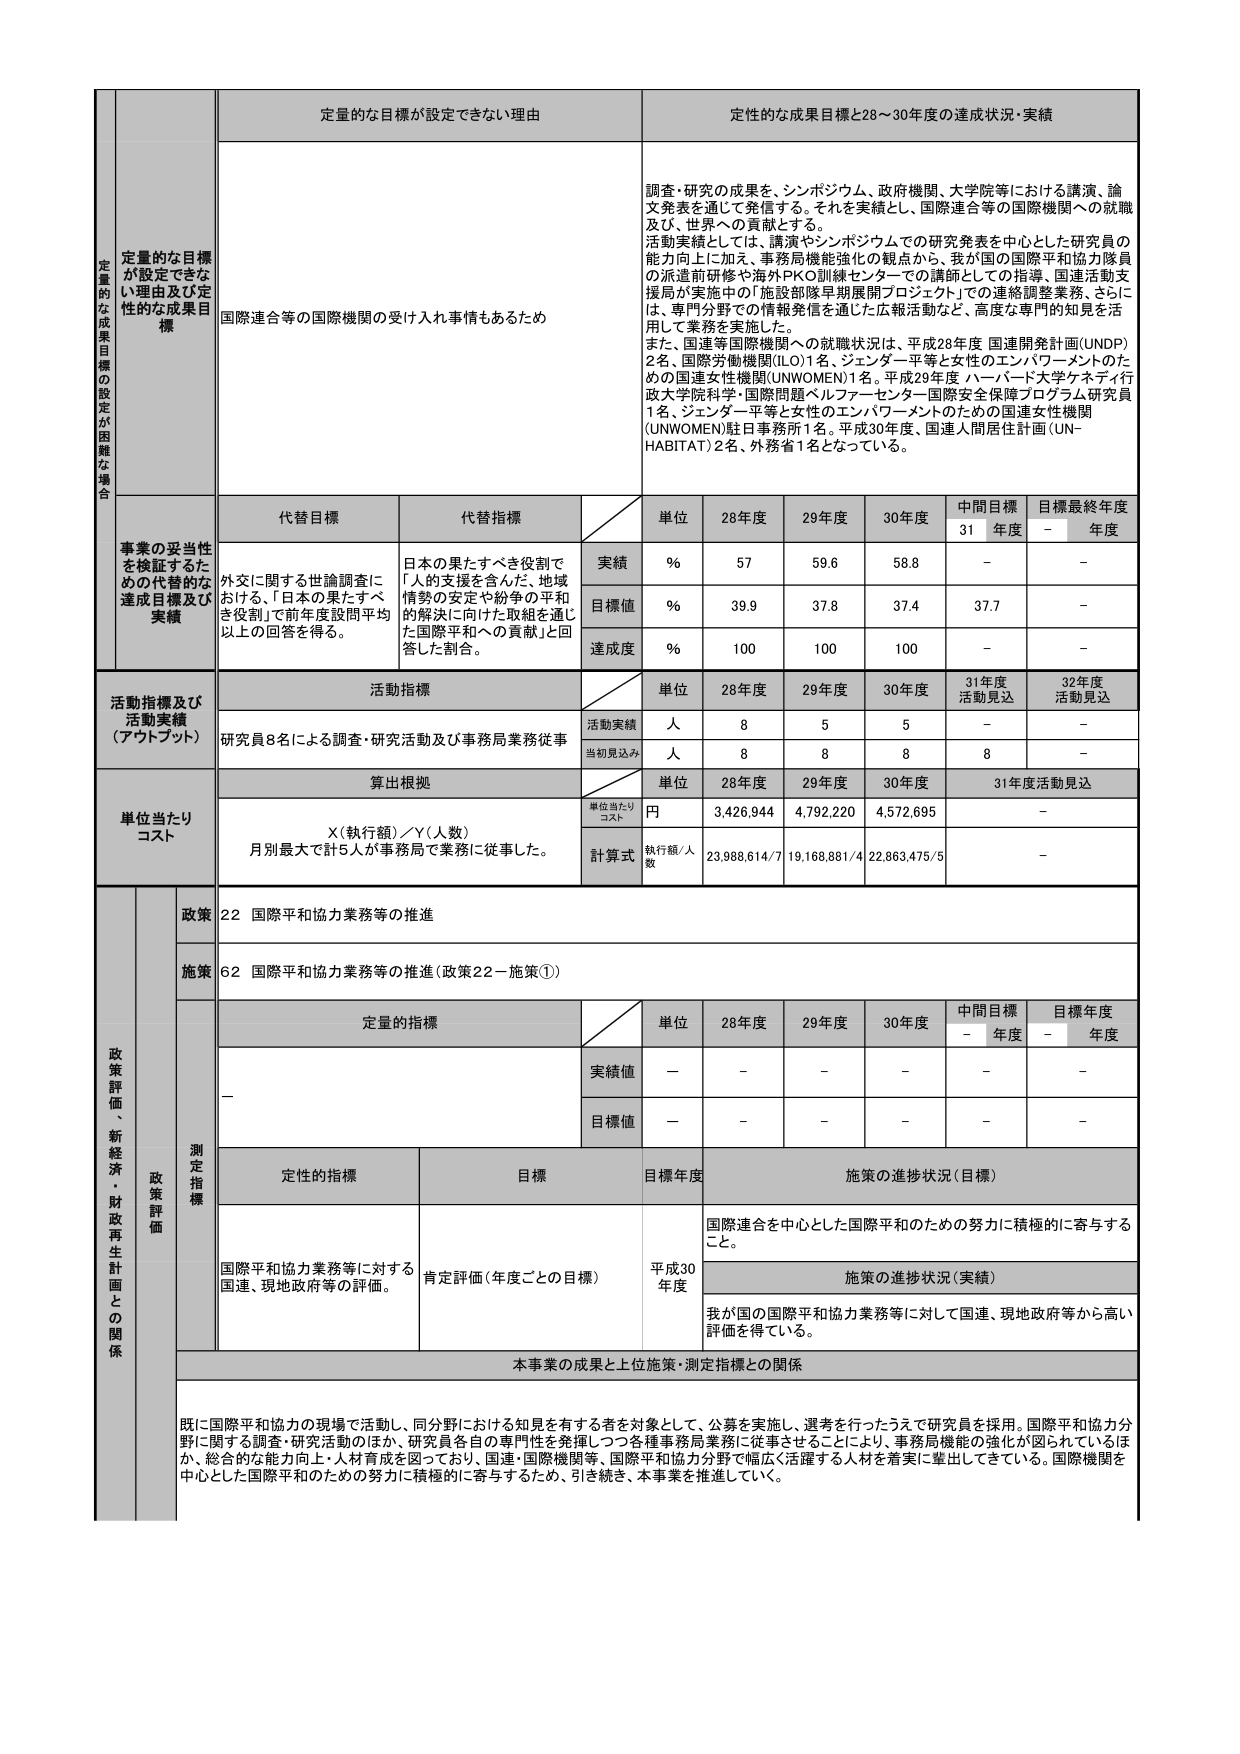
定量的な目標が設定できない理由
定性的な成果目標と28～30年度の達成状況・実績
定量的な成果目標の設定が困難な場合
定量的な目標が設定できない理由及び定性的な成果目標
国際連合等の国際機関の受け入れ事情もあるため
調査・研究の成果を、シンポジウム、政府機関、大学院等における講演、論文発表を通じて発信する。それを実績とし、国際連合等の国際機関への就職及び、世界への貢献とする。
活動実績としては、講演やシンポジウムでの研究発表を中心とした研究員の能力向上に加え、事務局機能強化の観点から、我が国の国際平和協力隊員の派遣前研修や海外PKO訓練センターでの講師としての指導、国連活動支援局が実施中の「施設部隊早期展開プロジェクト」での連絡調整業務、さらには、専門分野での情報発信を通じた広報活動など、高度な専門的知見を活用して業務を実施した。
また、国連等国際機関への就職状況は、平成28年度 国連開発計画(UNDP)2名、国際労働機関(ILO)1名、ジェンダー平等と女性のエンパワーメントのための国連女性機関(UNWOMEN)1名。平成29年度 ハーバード大学ケネディ行政大学院科学・国際問題ベルファーセンター国際安全保障プログラム研究員1名、ジェンダー平等と女性のエンパワーメントのための国連女性機関(UNWOMEN)駐日事務所1名。平成30年度、国連人間居住計画(UN-HABITAT)2名、外務省1名となっている。
事業の妥当性を検証するための代替的な達成目標及び実績
代替目標
代替指標
単位
28年度
29年度
30年度
中間目標31年度
目標最終年度－年度
外交に関する世論調査における、「日本の果たすべき役割」で前年度設問平均以上の回答を得る。
日本の果たすべき役割で「人的支援を含んだ、地域情勢の安定や紛争の平和的解決に向けた取組を通じた国際平和への貢献」と回答した割合。
実績
％
57
59.6
58.8
－
－
目標値
％
39.9
37.8
37.4
37.7
－
達成度
％
100
100
100
－
－
活動指標及び活動実績（アウトプット）
活動指標
単位
28年度
29年度
30年度
31年度活動見込
32年度活動見込
研究員8名による調査・研究活動及び事務局業務従事
活動実績
人
8
5
5
－
－
当初見込み
人
8
8
8
8
－
単位当たりコスト
算出根拠
単位
28年度
29年度
30年度
31年度活動見込
X(執行額)／Y(人数)
月別最大で計5人が事務局で業務に従事した。
単位当たりコスト
円
3,426,944
4,792,220
4,572,605
－
計算式
執行額／人数
23,988,614/7
19,168,881/4
22,863,475/5
－
政策評価、新経済・財政再生計画との関係
政策
22 国際平和協力業務等の推進
施策
62 国際平和協力業務等の推進（政策22－施策①）
測定指標
定量的指標
単位
28年度
29年度
30年度
中間目標－年度
目標年度－年度
－
実績値
－
－
－
－
－
－
目標値
－
－
－
－
－
－
定性的指標
目標
目標年度
施策の進捗状況（目標）
国際平和協力業務等に対する国連、現地政府等の評価。
肯定評価（年度ごとの目標）
平成30年度
国際連合を中心とした国際平和のための努力に積極的に寄与すること。
施策の進捗状況（実績）
我が国の国際平和協力業務等に対して国連、現地政府等から高い評価を得ている。
本事業の成果と上位施策・測定指標との関係
既に国際平和協力の現場で活動し、同分野における知見を有する者を対象として、公募を実施し、選考を行ったうえで研究員を採用。国際平和協力分野に関する調査・研究活動のほか、研究員各自の専門性を発揮しつつ各種事務局業務に従事させることにより、事務局機能の強化が図られているほか、総合的な能力向上・人材育成を図っており、国連・国際機関等、国際平和協力分野で幅広く活躍する人材を着実に輩出してきている。国際機関を中心とした国際平和のための努力に積極的に寄与するため、引き続き、本事業を推進していく。